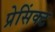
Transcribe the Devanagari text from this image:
प्रेसिंक्ट